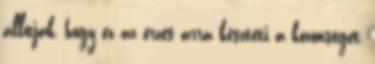
állítják, hogy ez az érzés arra készteti a közönséget,